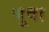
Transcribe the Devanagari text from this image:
श्रुवा